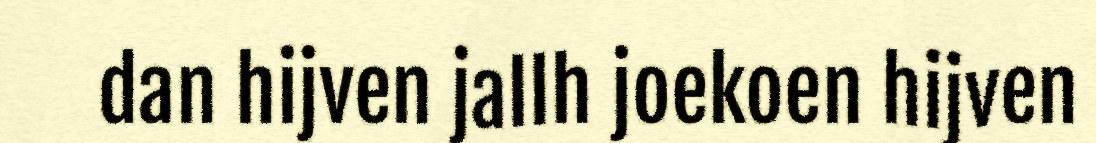
dan hijven jallh joekoen hijven